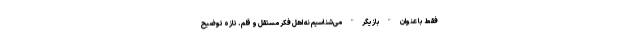
فقط با عنوان "بازیگر" می‌شناسیم نه اهل فکر مستقل و قلم. تازه توضیح